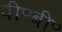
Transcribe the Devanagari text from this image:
पी॰बी॰